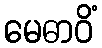
မေဓာဝိံ